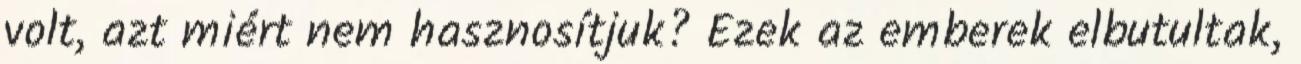
volt, azt miért nem hasznosítjuk? Ezek az emberek elbutultak,